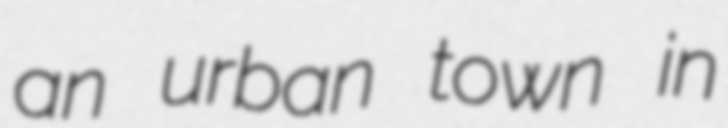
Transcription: an urban town in